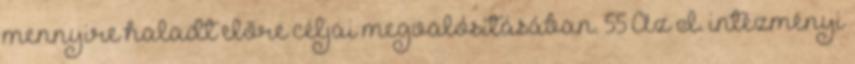
mennyire haladt előre céljai megvalósításában. 55 Az I. intézményi